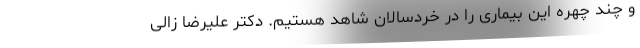
و چند چهره این بیماری را در خردسالان شاهد هستیم. دکتر علیرضا زالی